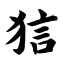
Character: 狺